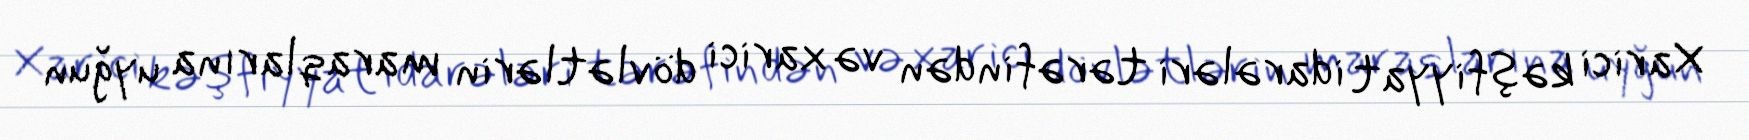
Xarici kəşfiyyat idarələri tərəfindən və xarici dövlətlərin maraqlarına uyğun